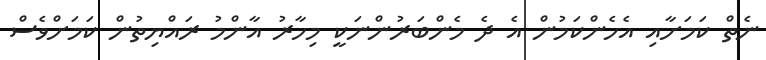
ނެތް ކަމަށާއި އެހެންކަމުން އެ ދެ މެންބަރުންނަކީ މިހާރު އާންމު ރައްޔިތުން ކަމަށްވެސް